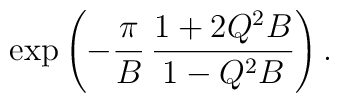
\exp\left( - \frac{\pi}{B}\, \frac{1+2Q^2 B}{1-Q^2 B}  \right).